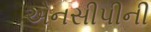
એનસીપીની